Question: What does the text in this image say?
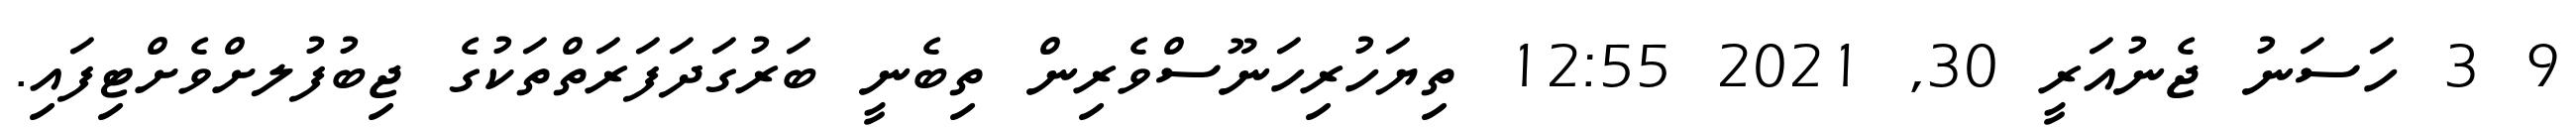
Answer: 9 3 ހަސަނު ޖެނުއަރީ 30, 2021 12:55 ތިޔަހުރިހަނޫސްވެރިން ތިބެނީ ބަރުގަދަފަރަތްތަކުގެ ޖިބުފުލށްވެށްޓިފައި.